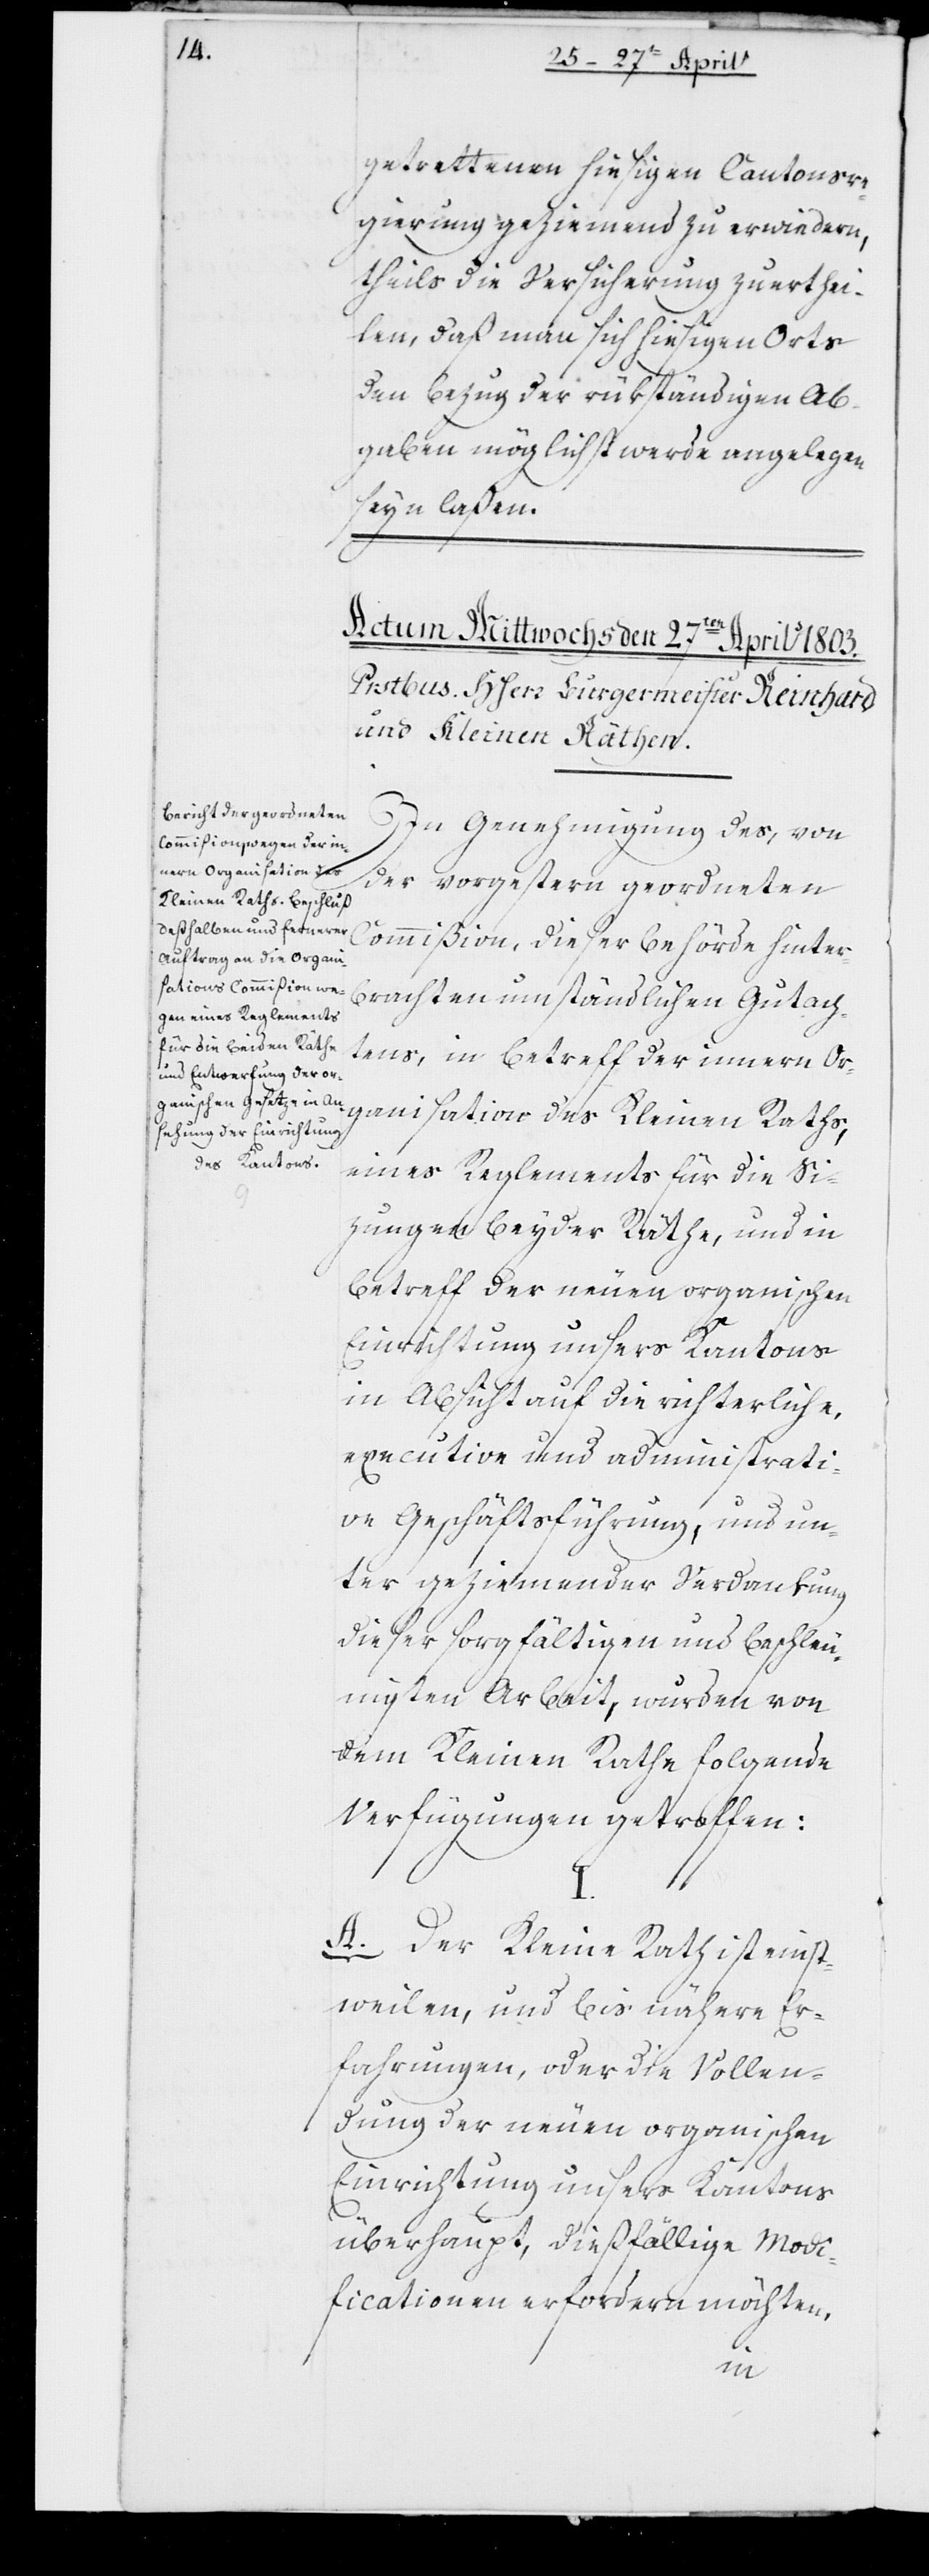
getrettenen hiesigen Cantonsre¬
gierung geziemend zu erwiedern,
theils die Versicherung zu erthei¬
len, daß man sich hiesigen Orts
den Bezug der rükständigen Ab¬
gaben möglichst werde angelegen
seyn laßen.
In Genehmigung des, von
der vorgestern geordneten
Commißion, dieser Behörde hinter¬
brachten umständlichen Gutach¬
tens, in Betreff der innern Or¬
ganisation des Kleinen Raths,
eines Reglements für die Si¬
zungen beyder Räthe, und in
Betreff der neuen organischen
in Absicht auf die richterliche,
executive und administrati¬
ve Geschäftsführung, und un¬
ter geziemender Verdankung
dieser sorgfältigen und beschleu¬
nigten Arbeit, wurden von
dem Kleinen Rathe folgende
Verfügungen getroffen:
I.
A. Der Kleine Rath ist einst¬
weilen, und bis nähere Er¬
fahrungen, oder die Vollen¬
dung der neuen organischen
Einrichtung unsers Kantons
überhaupt, dießfällige Modi¬
ficationen erfordern möchten,